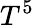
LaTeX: T^{5}